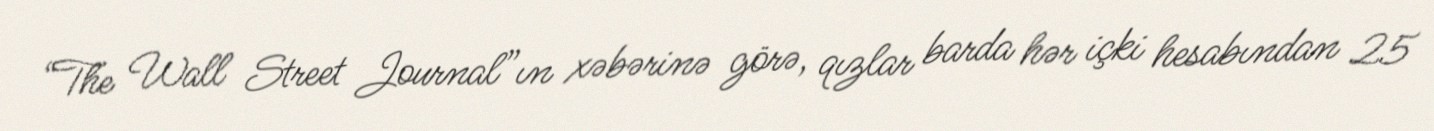
“The Wall Street Journal”ın xəbərinə görə, qızlar barda hər içki hesabından 25